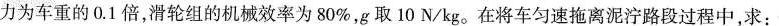
力为车重的0.1倍，滑轮组的机械效率为80%，g取10N/kg。在将车匀速拖离泥泞路段过程中，求：